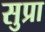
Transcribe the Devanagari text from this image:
सुप्रा